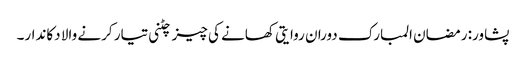
پشاور: رمضان المبارک دوران روایتی کھانے کی چیز چٹنی تیار کرنے والا دکاندار۔